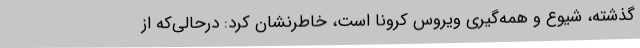
گذشته، شیوع و همه‌گیری ویروس کرونا است، خاطرنشان کرد: درحالی‌که از